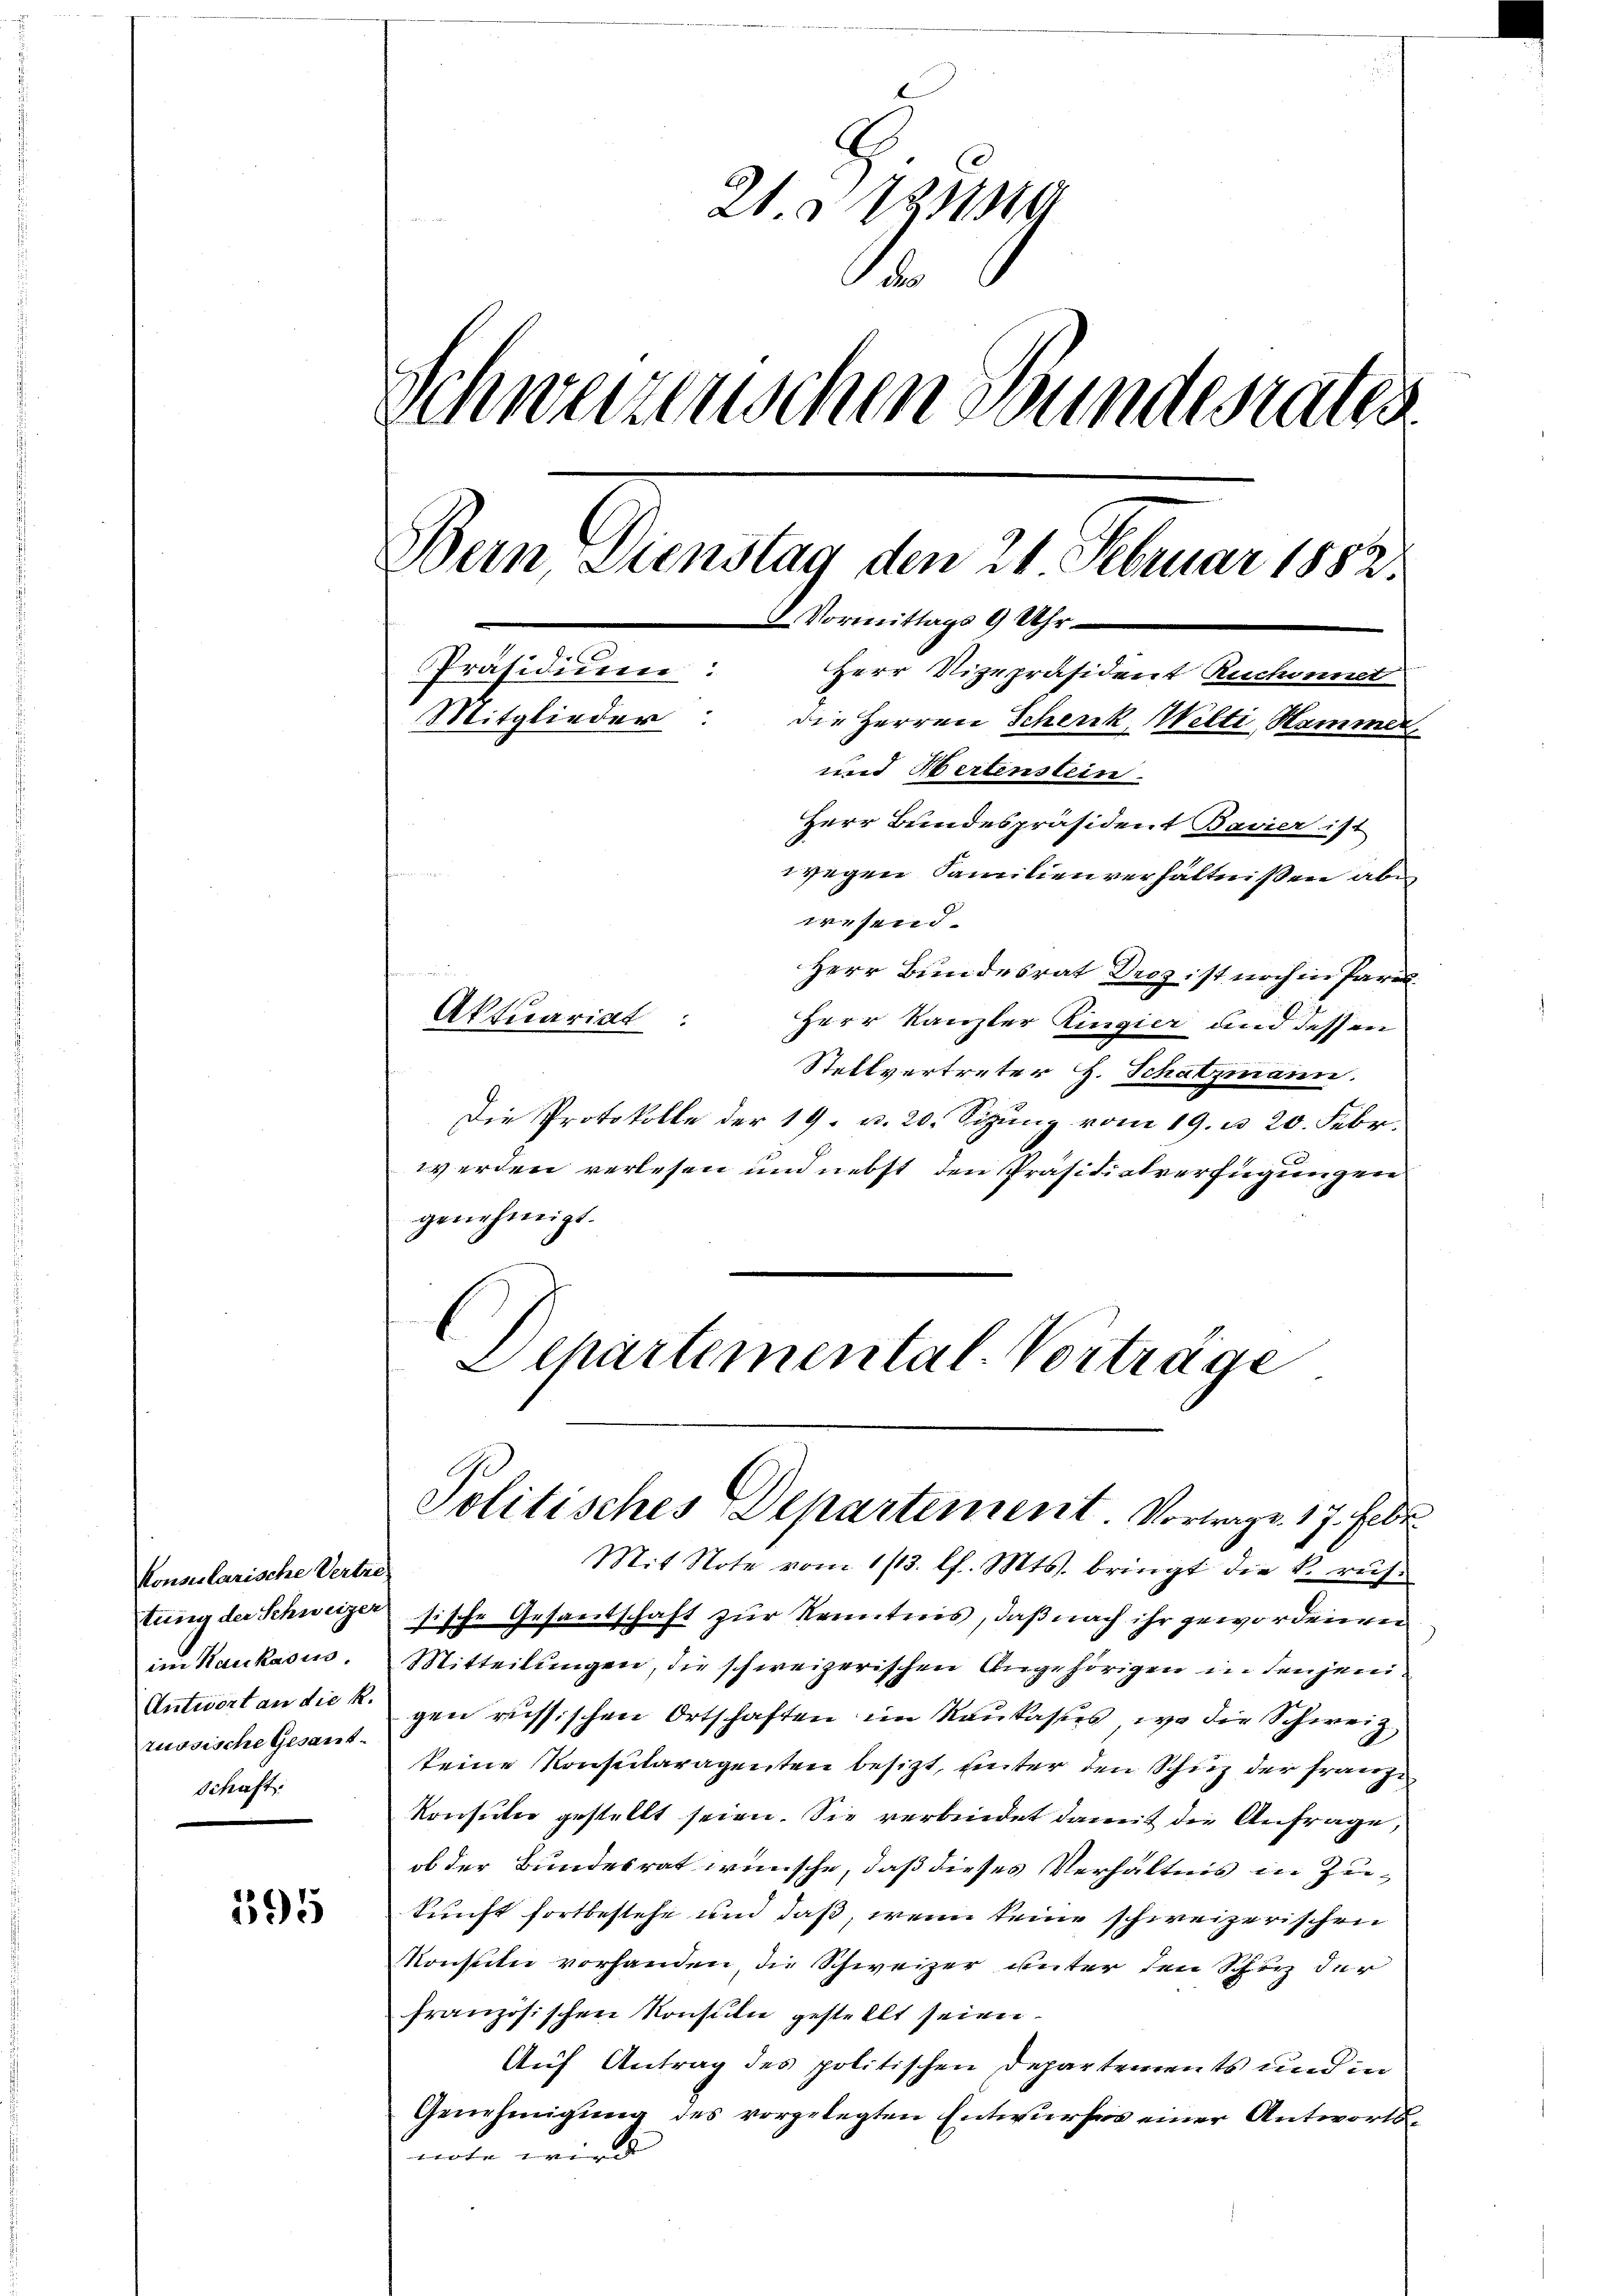
konsularische Vertre-
im Kaukasus.
russische Gesant
Schaft.

595

.
.
Schwerzenschen Bundesrates
Wein Dienstag den 21 Februar 1882.
8. Vormittags 9 Uhr
Präsidium:
Herr Vizepräsident Ruchinnet
Mitglieder
die Herren Schenk Welti, Hammen
und Hertenstein.
Herr Bundespräsident Bavier ist

wegen Familienverhältnissen abe
wesend.
Herr Bundesrat Droz ist noch in Paral
Aktuariat
Herr Kanzler Ringier und dessen
Stellvertreter H. Schatzmann.
Die Protokolle der 19. u. 20. Sizŭng vom 19. u. 20. Febr.
werden verlesen und nebst den Präsidialverfügungen
genehmigt.
Departemental-Vortrage

Politisches Departement. Vortrage 17. Febr.

Mit Note vom 1/13. l. Mts. bringt die k. rus-
tung der Schweizer sische Gesantschaft zur Kenntnis, daß nach ihr gewordenen
Mitteilungen, die schweizerischen Angehörigen in denjeni¬
Antwort an die k. gen russischen Ortschaften im Raŭkassers, wo die Schweiz,
keine Konsularagenten besizt, unter den Schuz der franze
Konsilie gestellt seien. Sie verbindet damit die Anfrage,
ob der Bundesrat wünsche, daß dieses Verhältnis in Zukunft fortbestehe und daß, wenn keine schweizerischen
Monsuln vorhanden, die Schweizer unter den Schutz der
französischen Konsilie gestellt seien.
Auf Antrag des politischen Departements und in
Genehmigung des vorgelegten Entwurfes einer Antwortunote wird